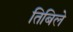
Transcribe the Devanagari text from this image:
तिबिले